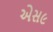
એસ૯